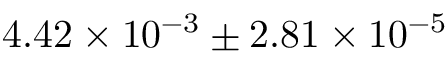
4 . 4 2 \times { 1 0 ^ { - 3 } } \pm 2 . 8 1 \times { 1 0 ^ { - 5 } }